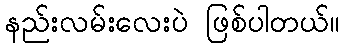
နည်းလမ်းလေးပဲ ဖြစ်ပါတယ်။